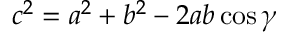
c ^ { 2 } = a ^ { 2 } + b ^ { 2 } - 2 a b \cos \gamma